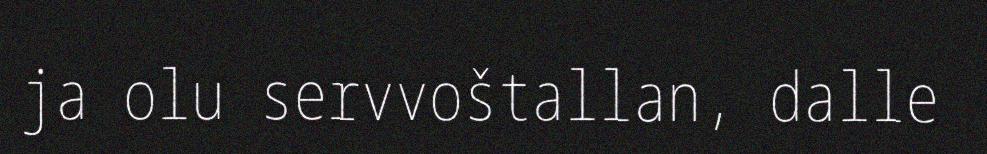
ja olu servvoštallan, dalle